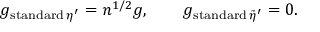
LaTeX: g _ { \mathrm { s t a n d a r d } \, \eta ^ { \prime } } = n ^ { 1 / 2 } g , \qquad g _ { \mathrm { s t a n d a r d } \, \tilde { \eta } ^ { \prime } } = 0 .